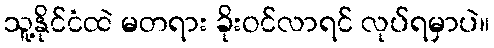
သူ့နိုင်ငံထဲ မတရား ခိုးဝင်လာရင် လုပ်ရမှာပဲ။